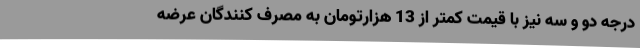
درجه دو و سه نیز با قیمت کمتر از 13 هزارتومان به مصرف کنندگان عرضه